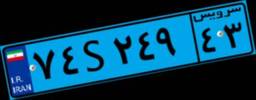
۱۲S۹۵۷۹۰